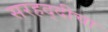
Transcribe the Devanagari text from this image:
सरहद्दीचा